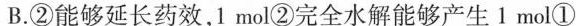
B.②能够延长药效，1mol②完全水解能够产生1mol①